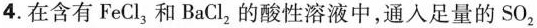
4.在含有FeCl_{3}，和BaCl_{2}的酸性溶液中，通人足量的SO_{2}